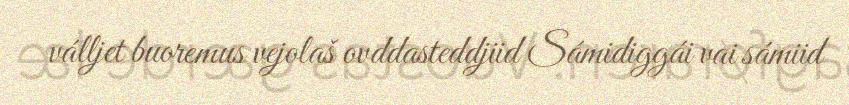
válljet buoremus vejolaš ovddasteddjiid Sámidiggái vai sámiid